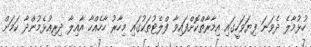
ހުޅުމާލެ ދެވަނަ ފިޔަވަހީގައި އިމާރާތްކޮށްފައިވާ ފްލެޓުތަކުގައި މިހާރު ހާހެއްހާ އާއިލާ ދިރިއުޅެމުންދާ ކަމަށް